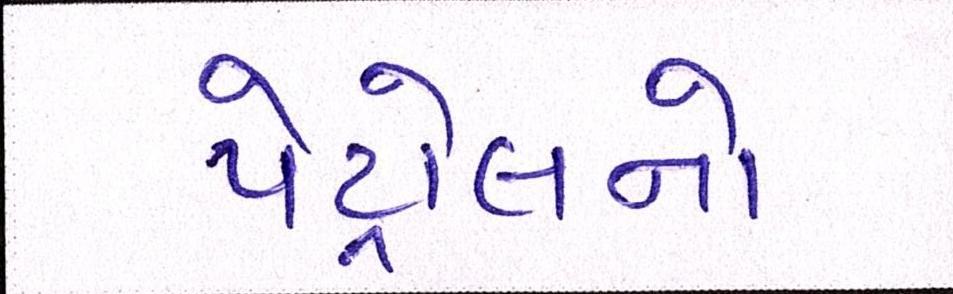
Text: પેટ્રોલનો